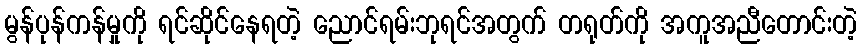
မွန်ပုန်ကန်မှုကို ရင်ဆိုင်နေရတဲ့ ညောင်ရမ်းဘုရင်အတွက် တရုတ်ကို အကူအညီတောင်းတဲ့